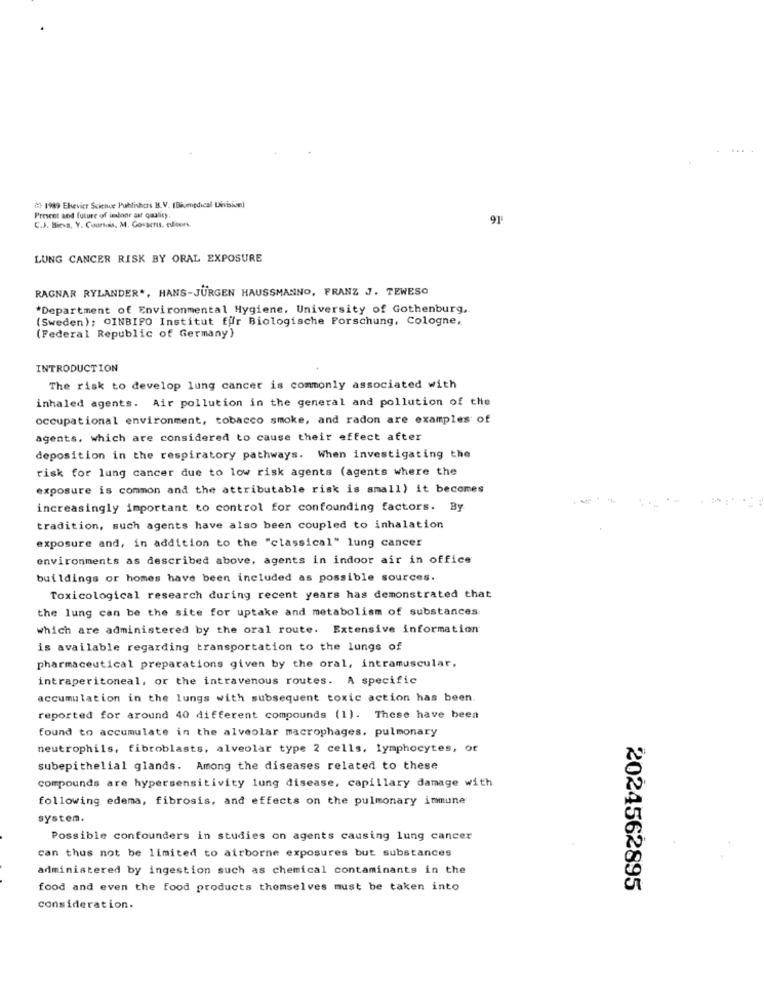
( 1989 Elevier Science Publishers IS.V. (Biomedical Division)
Present and future of indoor air quality,
C.J. Bieva, Y. Coursals, M. Govaeris. cliors.
9F
LUNG CANCER RISK BY ORAL EXPOSURE
RAGNAR RYLANDER ., HANS-JÜRGEN HAUSSMANNO, FRANZ J. TEWESO
*Department of Environmental Hygiene, University of Gothenburg,
(Sweden); OINBIPO Institut für Biologische Forschung, Cologne.
(Federal Republic of Germany)
INTRODUCTION
The risk to develop lung cancer is commonly associated with
inhaled agents. Air pollution in the general and pollution of the
occupational environment, tobacco smoke, and radon are examples of
agents, which are considered to cause their effect after
deposition in the respiratory pathways. When investigating the
risk for lung cancer due to low risk agents (agents where the
exposure is common and the attributable risk is small) it becomes
increasingly important to control for confounding factors. By
tradition, such agents have also been coupled to inhalation
exposure and, in addition to the "classical" lung cancer
environments as described above, agents in indoor air in office
buildings or homes have been included as possible sources.
Toxicological research during recent years has demonstrated that
the lung can be the site for uptake and metabolism of substances
which are administered by the oral route. Extensive information
is available regarding transportation to the lungs of
pharmaceutical preparations given by the oral, intramuscular,
intraperitoneal, or the intravenous routes. A specific
accumulation in the lungs with subsequent toxic action has been
reported for around 40 different compounds (1). These have been
found to accumulate in the alveolar macrophages, pulmonary
neutrophils, fibroblasts, alveolar type 2 cells, lymphocytes, of
subepithelial glands. Among the diseases related to these
compounds are hypersensitivity lung disease, capillary damage with
following edema, fibrosis, and effects on the pulmonary immune
system.
Possible confounders in studies on agents causing lung cancer
can thus not be limited to airborne exposures but substances
administered by ingestion such as chemical contaminants in the
food and even the food products themselves must be taken into
2024562895
consideration.